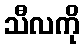
သီလကို